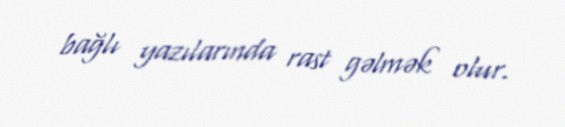
bağlı yazılarında rast gəlmək olur.